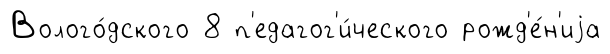
Волого́дского 8 п'едагог'и́ческого рожд'е́н'иjа